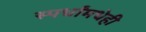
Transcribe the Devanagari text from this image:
स्पर्धांमधेही